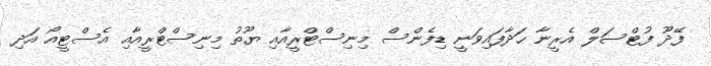
ފޭދޫ ފުޓްސަލް އެރީނާ ހަދާފައިވަނީ ޑިފެންސް މިނިސްޓްރީއާއި ޔޫތު މިނިސްޓްރީއާއި އެސްޓީއޯ އަދި